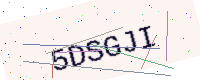
Text: 5DSGJI